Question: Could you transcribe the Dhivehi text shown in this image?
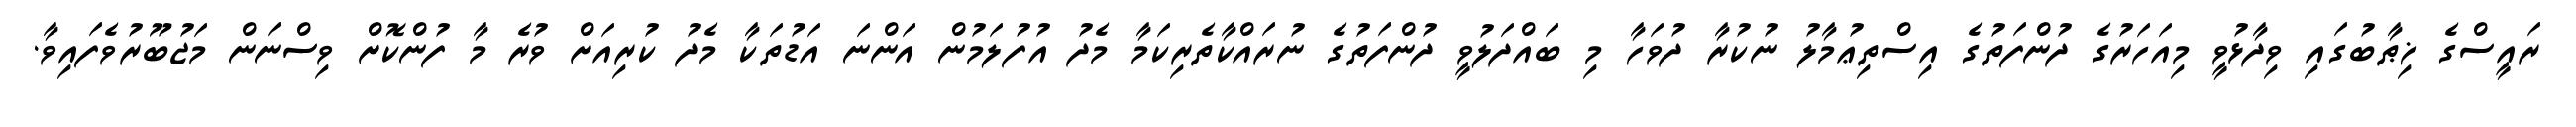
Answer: ރައީސްގެ ޚިޠާބުގައި ވިދާޅުވީ މިއަހަރުގެ ދުންފަތުގެ އިސްތިޢުމާލު ނުކުރާ ދުވަހާ މި ބައްދަލުވީ ދުންފަތުގެ ނުރައްކާތެރިކަމާ މެދު އުފުލަމުން އަންނަ އަޑުތަކާ މެދު ކުރިއަށް ވުރެ މާ ފުންކޮށް ވިސްނަން މަޖުބޫރުވެފައިވާ.